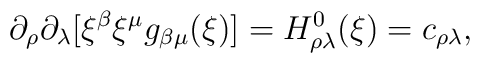
\partial_\rho \partial_\lambda  [ \xi^\beta \xi^\mu g_{\beta \mu}(\xi) ] =  H^0_{\rho \lambda}(\xi) = c_{\rho \lambda} ,